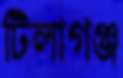
টিলাগঞ্জ